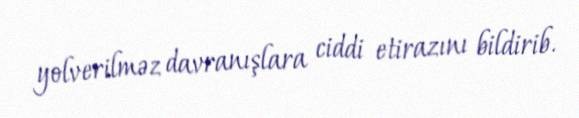
yolverilməz davranışlara ciddi etirazını bildirib.